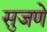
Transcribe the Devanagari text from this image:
सुजणे